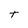
Character: t